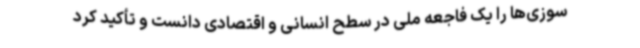
‌سوزی‌ها را یک فاجعه ملی در سطح انسانی و اقتصادی دانست و تأکید کرد